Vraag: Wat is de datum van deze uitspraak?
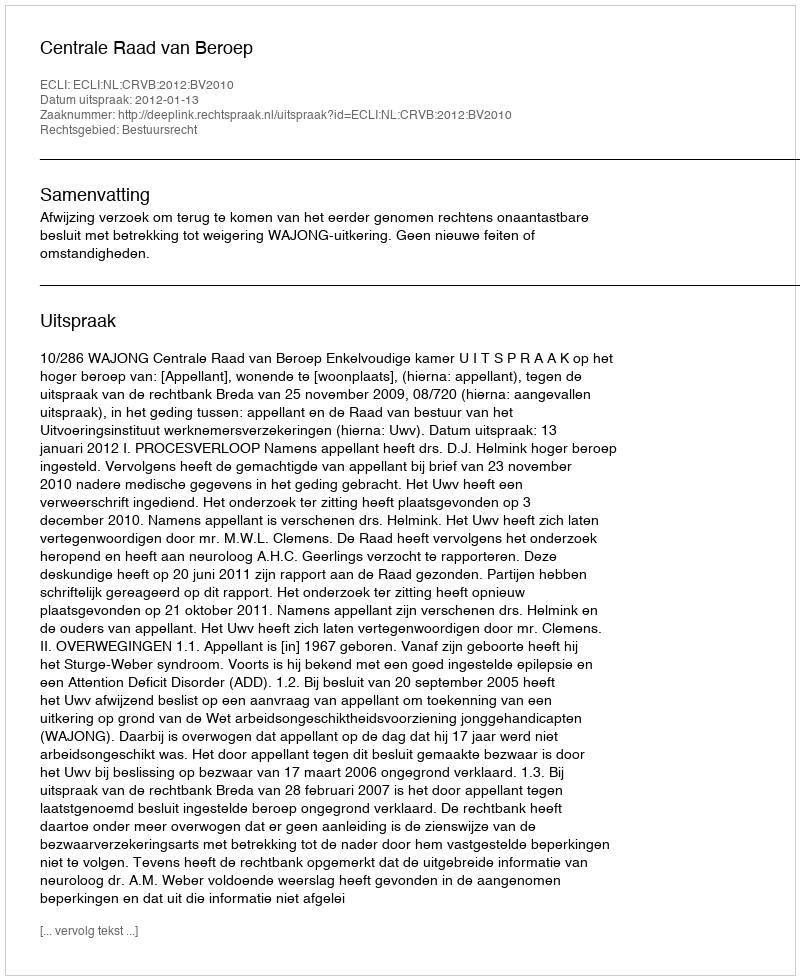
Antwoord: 2012-01-13